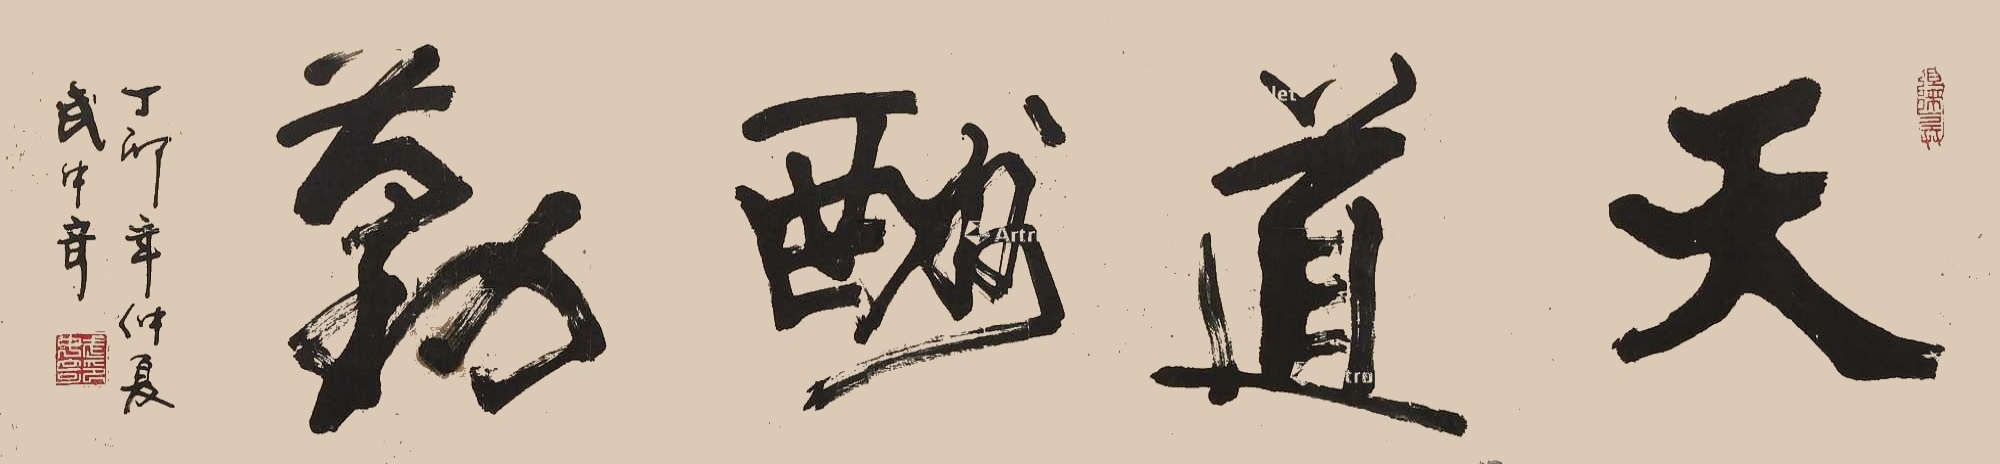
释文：天道酬勤丁卯年仲夏武中奇